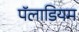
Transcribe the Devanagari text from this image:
पॅलाडियम